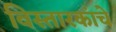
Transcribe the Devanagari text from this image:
विस्तारकांचे